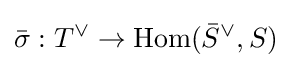
{\bar {\sigma }}:T^{\vee }\to \mathrm {Hom} ({\bar {S}}^{\vee },S)